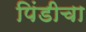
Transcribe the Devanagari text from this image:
पिंडीचा